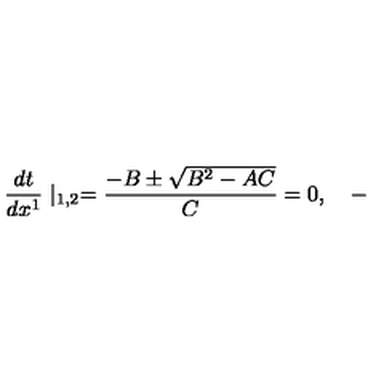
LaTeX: \frac { d t } { d x ^ { 1 } } \mid _ { 1 , 2 } = \frac { - B \pm \sqrt { B ^ { 2 } - A C } } C = 0 , \quad -